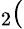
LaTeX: _2(